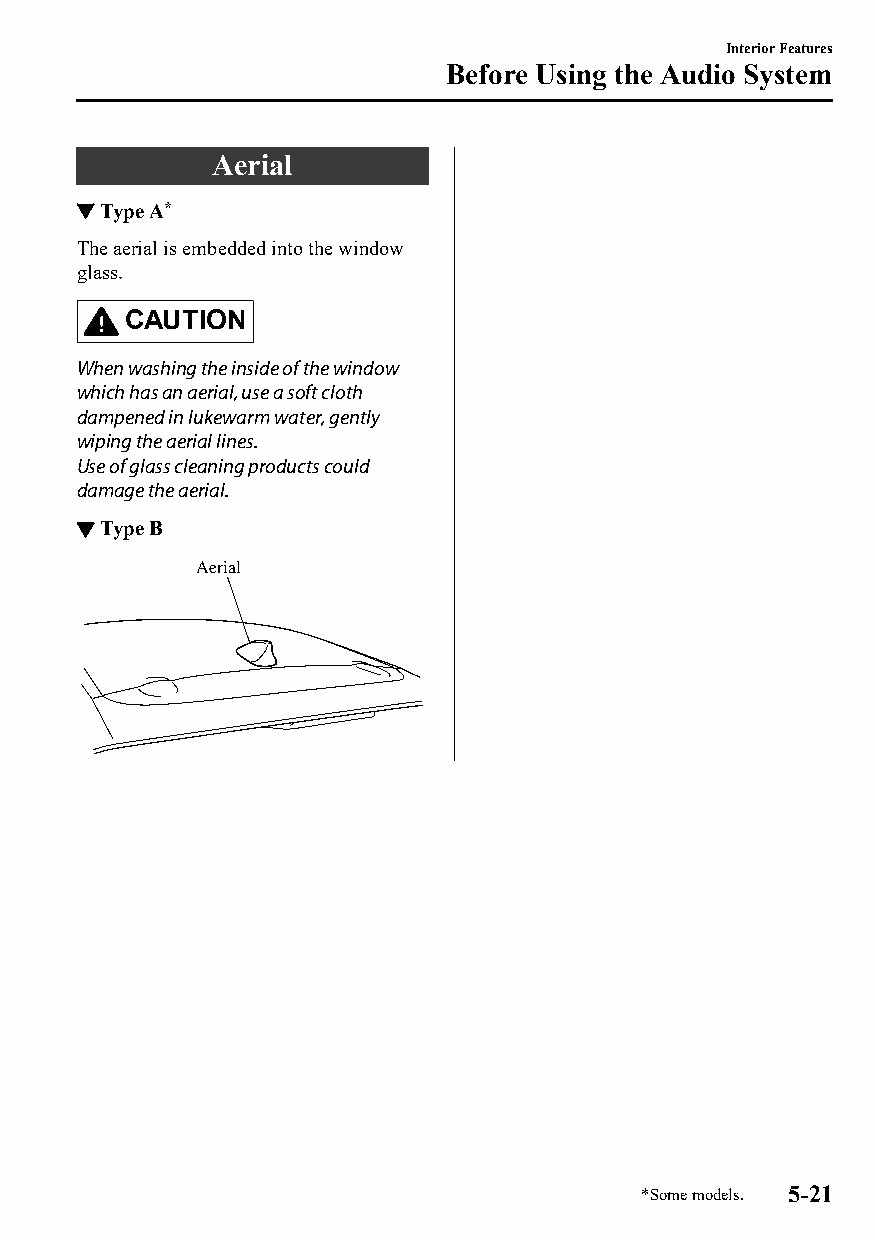
Interior Features
 Before Using the Audio System
 Aerial
 ▼Type A*
 The aerial is embedded into the window
 glass.
 CAUTION
 When washing the inside of the window
 which has an aerial, use a soft cloth
 dampened in lukewarm water, gently
 wiping the aerial lines.
 Use of glass cleaning products could
 damage the aerial.
 ▼Type B
 Aerial
 *Some models. 5-21
 CX-3_8GT4-EE-18D_Edition4                  2018-9-6 18:32:19